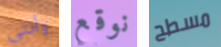
وأنتى نوقع مسطح